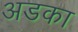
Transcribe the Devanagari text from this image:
अडका